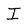
Character: I